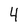
Character: 4